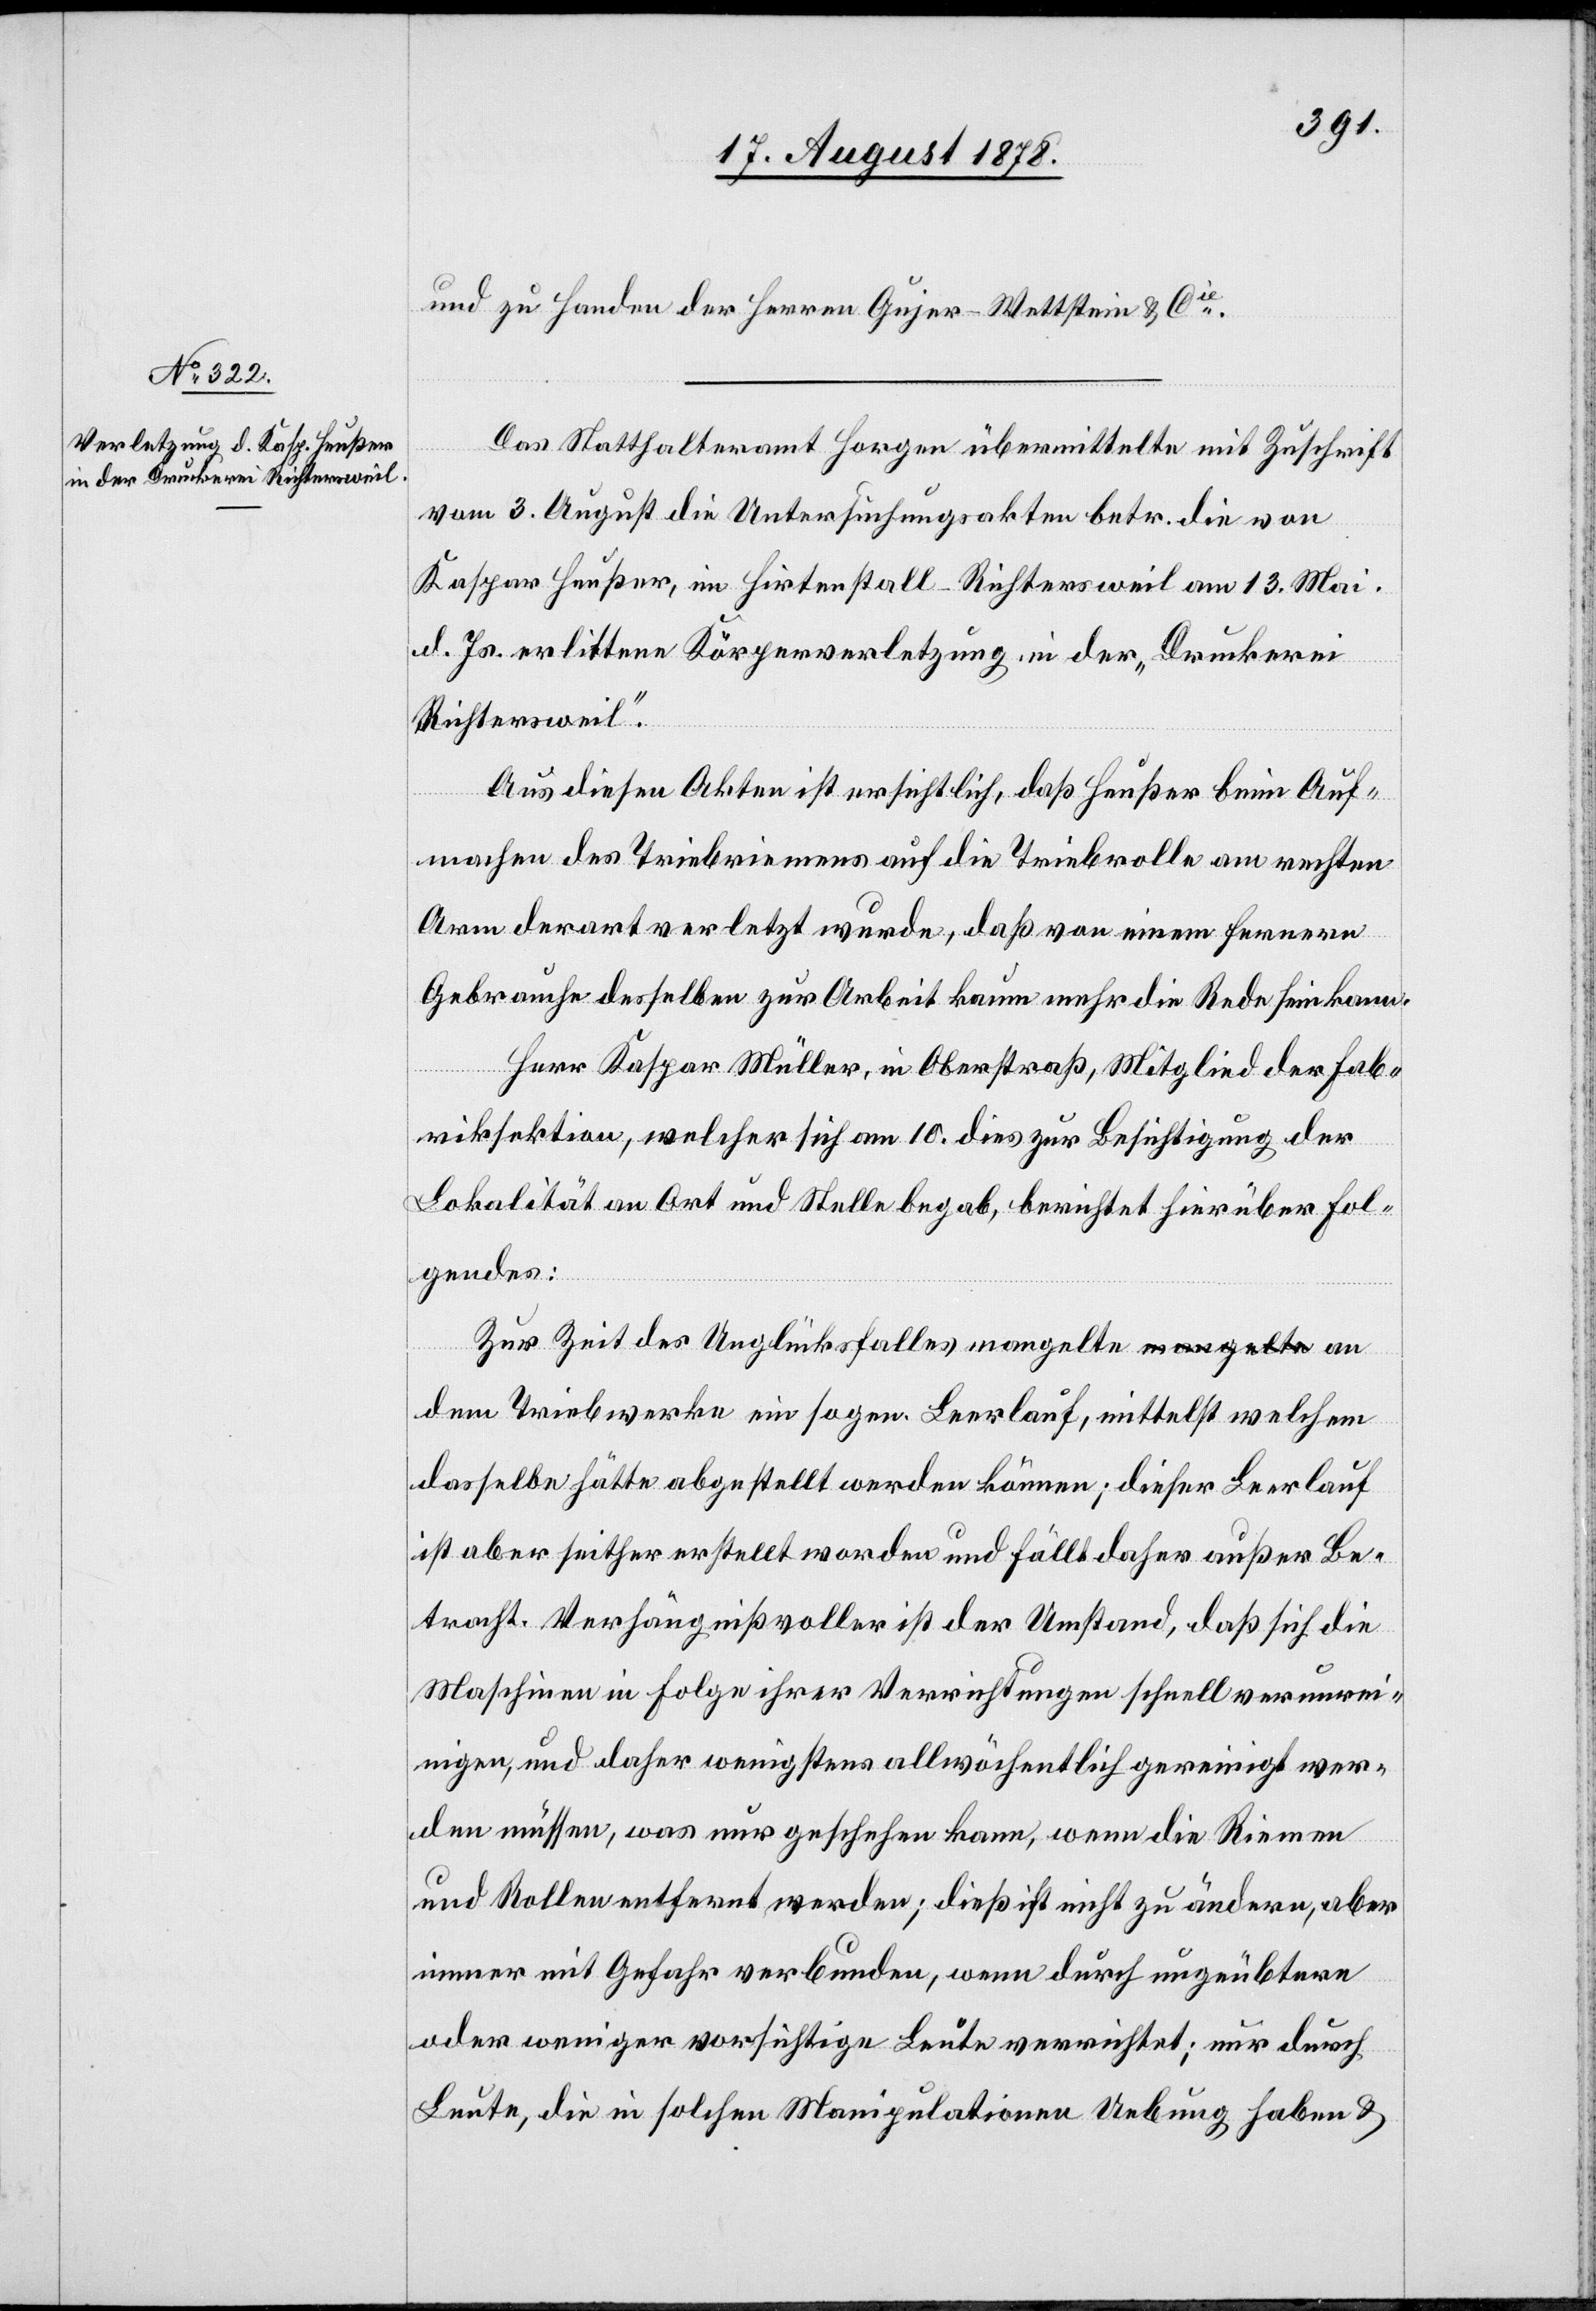
und zu Handen der Herren Gujer-Wettstein & Cie.
gen.
Das Statthalteramt Horgen übermittelte mit Zuschrift
vom 3. August die Untersuchungsakten betr. die von
Kaspar Heußer, im Hirtenstall - Richtersweil am 13. Mai
d. Js. erlittene Körperverletzung in der „Druckerei
Richtersweil“.
so¬
Aus diesen Akten ist ersichtlich, daß Heußer beim Auf¬
machen des Triebriemens auf die Triebrolle am rechten
Arm derart verletzt wurde, daß von einem fernern
Gebrauche desselben zur Arbeit kaum mehr die Rede sein kann.
Herr Kaspar Müller, in Oberstraß, Mitglied der Fab¬
riksektion, welcher sich am 10. dies zur Besichtigung der
Lokalität an Ort und Stelle begab, berichtet hierüber Fol¬
gendes:
Zur Zeit der Unglücksfalles mangelte an dem
dasselbe hätte abgestellt werden können; dieser Leerlauf
ist aber seither erstellt worden und fällt daher außer Be¬
tracht. Verhängnißvoller ist der Umstand, daß sich die
Maschinen in Folge ihrer Verrichtungen schnell verunre¬
inigen, und daher wenigstens allwöchentlich gereinigt wer¬
den müssen, was nur geschehen kann, wenn die Riemen
und Rollen entfernt werden; dieß ist nicht zu ändern, aber
immer mit Gefahr verbunden, wenn durch ungeübtere
oder weniger vorsichtige Leute verrichtet; nur durch
Leute, die in solchen Manipulationen Uebung haben &